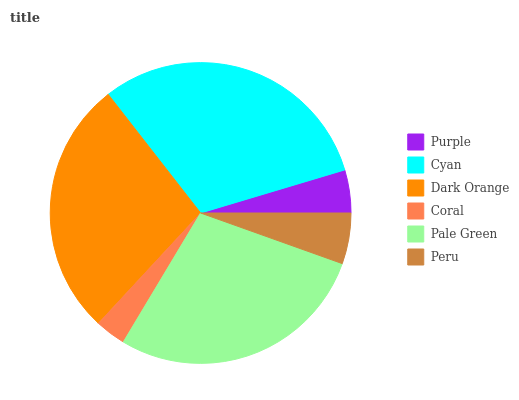
| Purple | Cyan | Dark Orange | Coral | Pale Green | Peru |
 | --- | --- | --- | --- | --- | --- |
 | 4.62% | 30.9% | 27.5% | 3.3% | 28.2% | 5.46% |